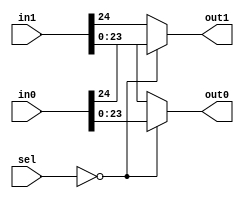
module mux_2_in_2_out_3_bits_sel (in0 , in1 , sel , out0 , out1);
input [24:0]in0 , in1;//{ovf_rnd , Mout}
input [2:0]sel;
output reg [23:0]out0;//Mout
output reg out1;//ovf_rnd
always@(*)
begin
    case(sel)
        3'b000:
            begin
                out0 = in0[23:0];
                out1 = in0[24];
            end
        default:
            begin
                out0 = in1[23:0];
                out1 = in1[24];
            end
    endcase
end
endmodule